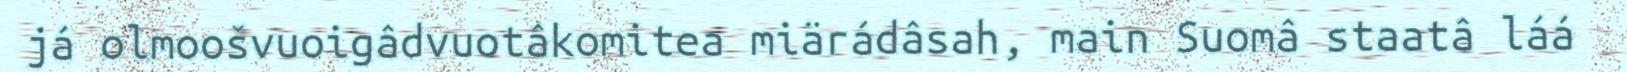
já olmoošvuoigâdvuotâkomitea miärádâsah, main Suomâ staatâ láá